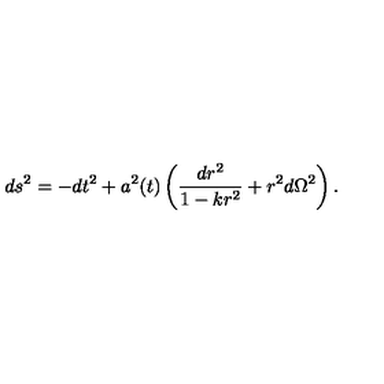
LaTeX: d s ^ { 2 } = - d t ^ { 2 } + a ^ { 2 } ( t ) \left( \frac { d r ^ { 2 } } { 1 - k r ^ { 2 } } + r ^ { 2 } d \Omega ^ { 2 } \right) .